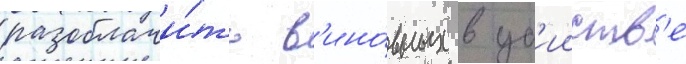
разоблачи́ть в'ино́вных в уб'ииств'е